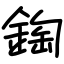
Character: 鋾